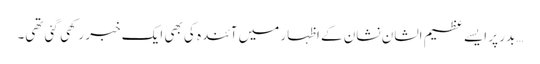
…بدر پر ایسے عظیم الشان نشان کے اظہار میں آئندہ کی بھی ایک خبر رکھی گئی تھی۔